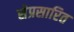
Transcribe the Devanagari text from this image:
सेप्रसारित